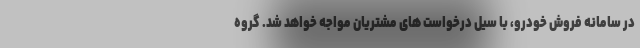
در سامانه فروش خودرو، با سیل درخواست های مشتریان مواجه خواهد شد. گروه